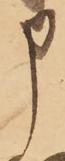
申